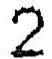
2